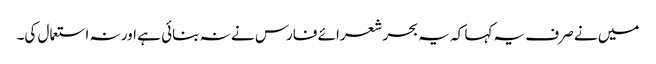
میں نے صرف یہ کہا کہ یہ بحر شعرائے فارس نے نہ بنائی ہے اور نہ استعمال کی۔